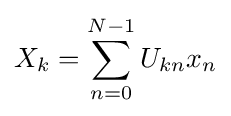
X_{k}=\sum _{n=0}^{N-1}U_{kn}x_{n}